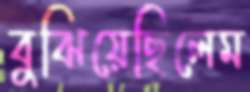
বুঝিয়েছিলেম